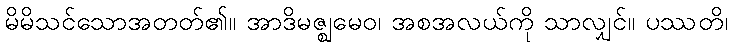
မိမိသင်သောအတတ်၏။ အာဒိမဇ္ဈမေဝ၊ အစအလယ်ကို သာလျှင်။ ပဿတိ၊